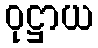
ဝုဋ္ဌာယ